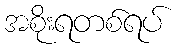
အစိုးရတစ်ရပ်